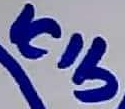
Text: ICIbICIb